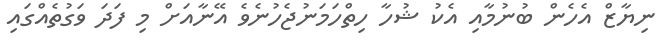
ނިޔާޒް އެހެން ބުނުމާއި އެކު ޝުހާ ހިތްހަމަނުޖެހުނެވެ އޭނާއަށް މި ފަދަ ވަގުތެއްގައި